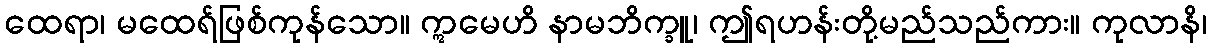
ထေရာ၊ မထေရ်ဖြစ်ကုန်သော။ ဣမေဟိ နာမဘိက္ခူ၊ ဤရဟန်းတို့မည်သည်ကား။ ကုလာနိ၊